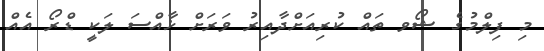
މި ފިލްމުގެ ޝޯވ ތައް ކުރިއަށްދާއިރު ވަރަށް ޚާއްސަ ލަކީ ޑްރޯ އެއް